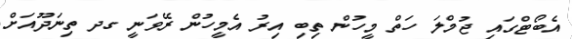
އެބޯޓްގައި ޖުމްލަ ހަތް މީހުން ތިބި އިރު އެމީހުން ރޭވަނީ ގދ ތިނަދޫއަށް